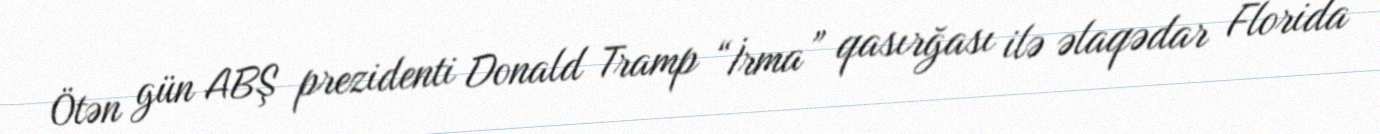
Ötən gün ABŞ prezidenti Donald Tramp “İrma” qasırğası ilə əlaqədar Florida